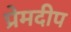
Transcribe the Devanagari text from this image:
प्रेमदीप